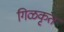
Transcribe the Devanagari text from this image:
गिळकृत